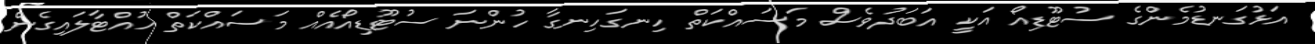
އަޅުގަނޑުމެންގެ ސުޓޫޑިއޯ އަކީ އަބަދުވެސް މަސައްކަތް ހިނގަހިނގާ ހުންނަ ސުޓޫޑިއޯއެއް މަސައްކަތް ހުއްޓާލައިގެން